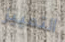
التمييز